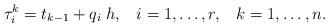
LaTeX: \begin{align*} \tau_i^k = t_{k-1} + q_i \; h, \;\;\; i = 1, \ldots, r, \;\;\; k = 1, \ldots, n. \end{align*}